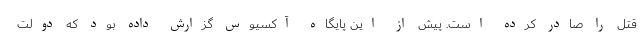
قتل را صادر کرده است. پیش از این پایگاه آکسیوس گزارش داده بود که دولت